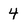
Character: 4